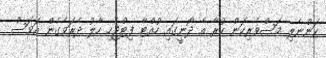
ކަންނެލި މަސްވެރިކަން ކުރާ އެ ދޯނީގައި ހުއްޓާ ފިޓްޖެހި ހާލު ދެރަވެގެން އަވަސް